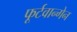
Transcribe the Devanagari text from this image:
फूर्टवान्गेन